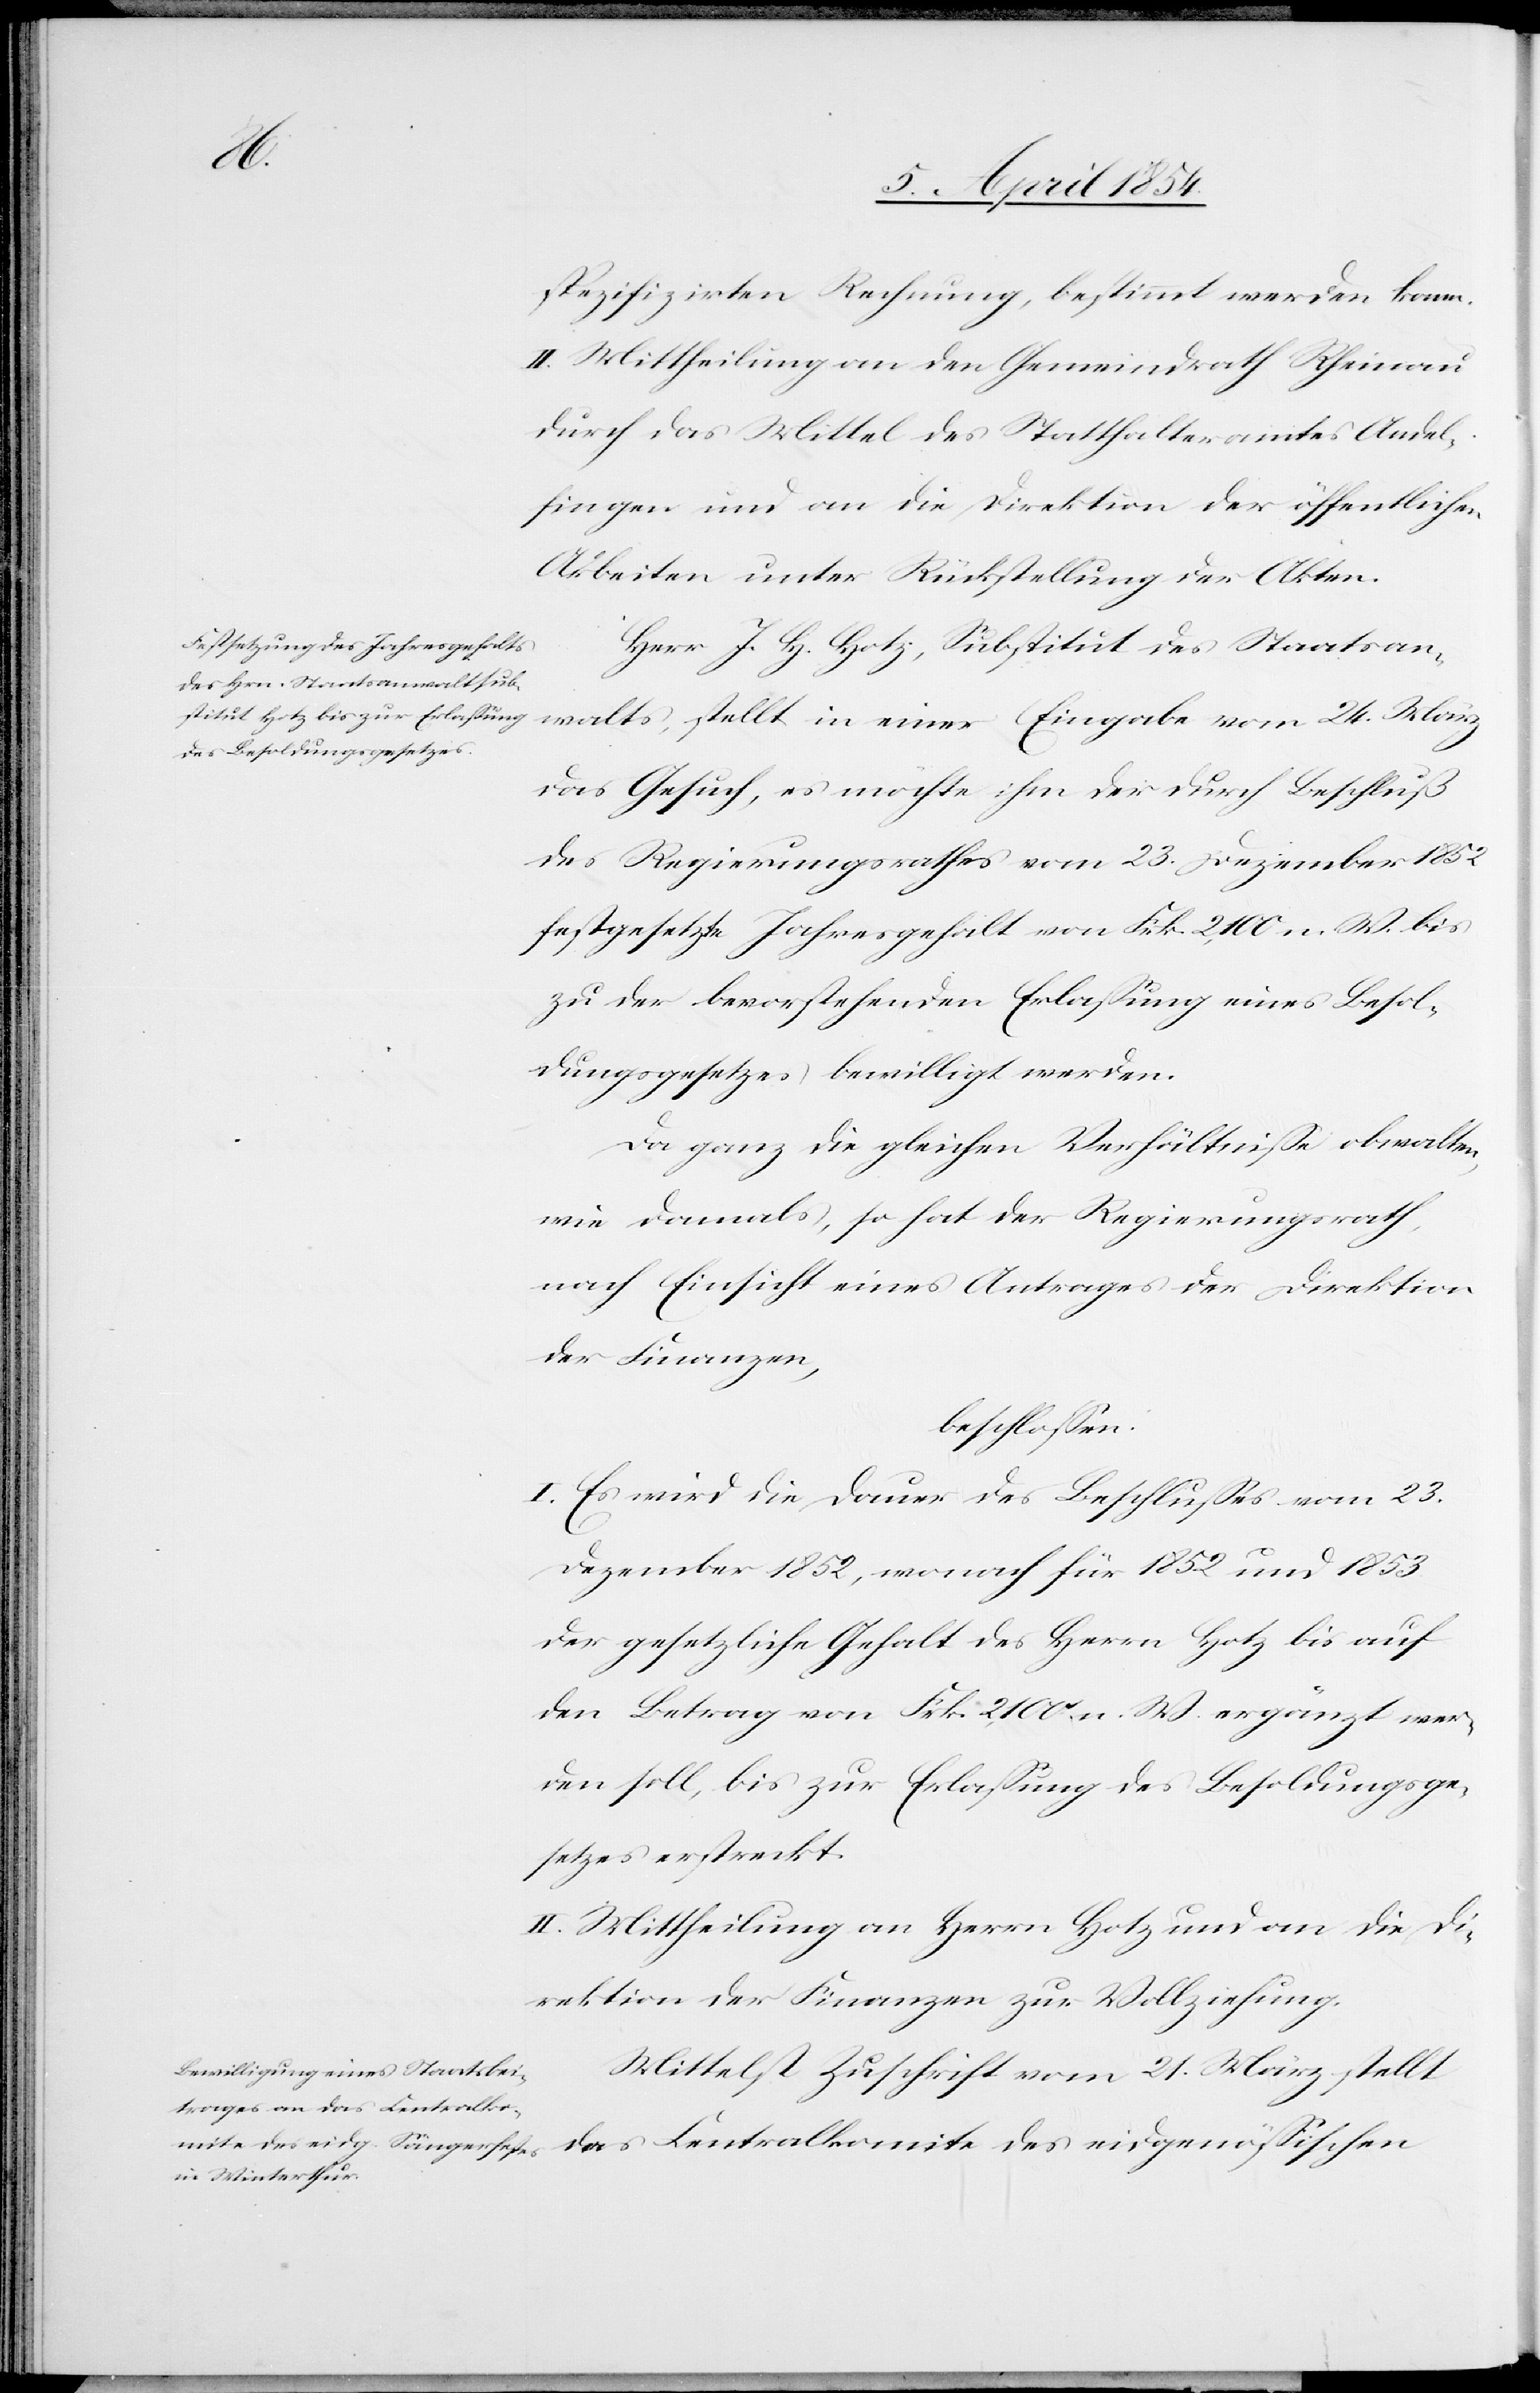
spezifirten Rechnung, bestimmt werden kann.
II. Mittheilung an den Gemeindrath Rheinau
durch das Mittel des Statthalteramtes Andel¬
fingen und an die Direktion der öffentlichen
Arbeiten unter Rückstellung der Akten.
Herr J. H. Hotz, Substitut des Staatsan¬
walts, stellt in einer Eingabe vom 24. März
das Gesuch, es möchte ihm der durch Beschluß
des Regierungsrathes vom 23. Dezember 1852
festgesetzte Jahresgehalt von Frk. 2,100 n. W. bis
zu der bevorstehenden Erlaßung eines Besol¬
dungsgesetzes, bewilligt werden.
Da ganz die gleichen Verhältniße obwalten,
wie damals, so hat der Regierungsrath,
nach Einsicht eines Antrages der Direktion
der Finanzen,
beschloßen:
I. Es wird die Dauer des Beschlußes vom 23.
Dezember 1852, wonach für 1852 und 1853
der gesetzliche Gehalt des Herrn Hotz bis auf
den Betrag von Frk. 2,100 n. W. ergänzt wer¬
den soll, bis zur Erlaßung des Besoldungsge¬
setzes erstreckt.
II. Mittheilung an Herrn Hotz und an die Di¬
rektion der Finanzen zur Vollziehung.
Mittelst Zuschrift vom 21. März stellt